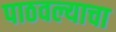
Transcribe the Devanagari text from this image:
पाठवल्याचा